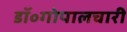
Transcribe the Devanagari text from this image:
डॉ॰गोपालचारी